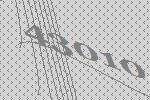
43010